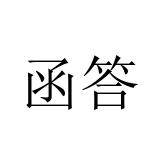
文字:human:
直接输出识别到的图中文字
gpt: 函答